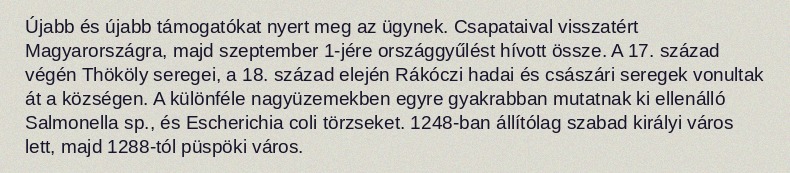
Újabb és újabb támogatókat nyert meg az ügynek. Csapataival visszatért Magyarországra, majd szeptember 1-jére országgyűlést hívott össze. A 17. század végén Thököly seregei, a 18. század elején Rákóczi hadai és császári seregek vonultak át a községen. A különféle nagyüzemekben egyre gyakrabban mutatnak ki ellenálló Salmonella sp., és Escherichia coli törzseket. 1248-ban állítólag szabad királyi város lett, majd 1288-tól püspöki város.